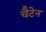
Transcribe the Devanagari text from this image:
चैटेन